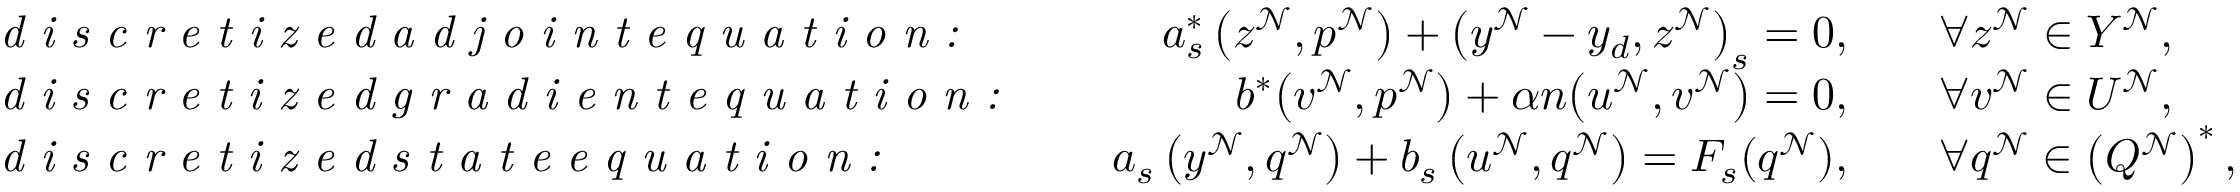
\begin{array} { r l r l } & { \textit { d i s c r e t i z e d a d j o i n t e q u a t i o n : } \quad } & { a _ { s } ^ { * } \left( z ^ { \mathcal { N } } , p ^ { \mathcal { N } } \right) + \big ( y ^ { \mathcal { N } } - y _ { d } , z ^ { \mathcal { N } } \big ) _ { s } = 0 , \quad } & { \forall z ^ { \mathcal { N } } \in Y ^ { \mathcal { N } } , } \\ & { \textit { d i s c r e t i z e d g r a d i e n t e q u a t i o n : } \quad } & { b ^ { * } \big ( v ^ { \mathcal { N } } , p ^ { \mathcal { N } } \big ) + \alpha n \big ( u ^ { \mathcal { N } } , v ^ { \mathcal { N } } \big ) = 0 , \quad } & { \forall v ^ { \mathcal { N } } \in U ^ { \mathcal { N } } , } \\ & { \textit { d i s c r e t i z e d s t a t e e q u a t i o n : } \quad } & { a _ { s } \left( y ^ { \mathcal { N } } , q ^ { \mathcal { N } } \right) + b _ { s } \left( u ^ { \mathcal { N } } , q ^ { \mathcal { N } } \right) = F _ { s } ( q ^ { \mathcal { N } } ) , \quad } & { \forall q ^ { \mathcal { N } } \in \left( Q ^ { \mathcal { N } } \right) ^ { * } , } \end{array}